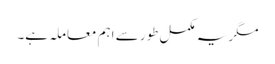
مگر یہ مکمل طور سے اہم معاملہ ہے۔